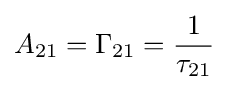
A_{21}=\Gamma _{21}={\frac {1}{\tau _{21}}}